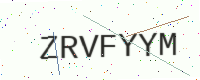
Text: ZRVFYYM